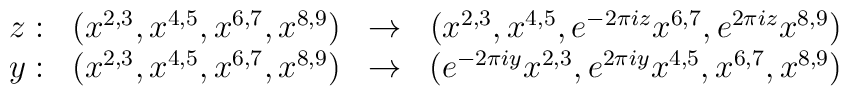
\begin{array}{c c c c}z:&\left(x^{2,3},x^{4,5},x^{6,7},x^{8,9}\right)&\to&\left(x^{2,3},x^{4,5},e^{-2\pi iz}x^{6,7},e^{2\pi iz}x^{8,9}\right) \\y:&\left(x^{2,3},x^{4,5},x^{6,7},x^{8,9}\right)&\to&\left(e^{-2\pi iy}x^{2,3},e^{2\pi iy}x^{4,5},x^{6,7},x^{8,9}\right)\end{array}